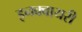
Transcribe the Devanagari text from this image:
इनक्वायरी